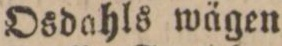
Osdahls wägen